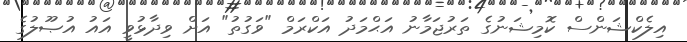
އިލެކްޝަންސް ކޮމިޝަނުގެ ތަރުޖަމާނު އަޙްމަދު އަކްރަމް "ވަގުތު" އަށް ވިދާޅުވީ އައު އުޞޫލުގެ